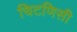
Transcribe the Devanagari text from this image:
चिटणिसी